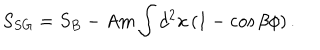
S _ { S G } = S _ { B } - A m \int d ^ { 2 } x \left( 1 - \cos { \beta \phi } \right) .